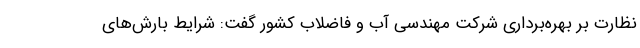
نظارت بر بهره‌برداری شرکت مهندسی آب و فاضلاب کشور گفت: شرایط بارش‌های